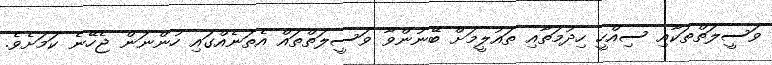
ވަސީލަތްތަކާއި ސިއްހީ ހިދުމަތާއި ތައުލީމަށް ބޭނުންވާ ވަސީލަތްތައް އެތަނެއްގައި ހުންނަން ޖެހޭނެ ކަމަށެވެ.